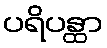
ပရိပန္ထာ